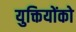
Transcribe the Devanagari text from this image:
युक्तियोंको